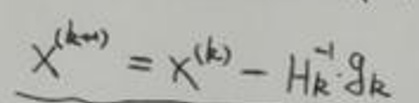
\[
X^{(k + 1)} = X^{(k)} - H_k^{-1} g_k
\]